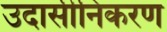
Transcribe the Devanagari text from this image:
उदासीनिकरण